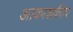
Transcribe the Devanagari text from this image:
आकाशकीय